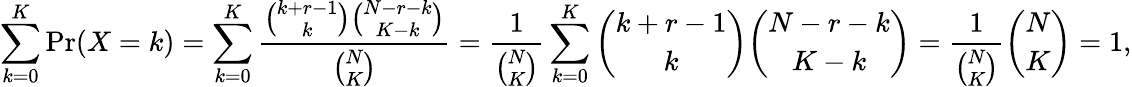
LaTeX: \sum_{k=0}^{K}\operatorname*{Pr}(X=k)=\sum_{k=0}^{K}{\frac{{\binom{k+r-1}{k}}{\binom{N-r-k}{K-k}}}{\binom{N}{K}}}={\frac{1}{\binom{N}{K}}}\sum_{k=0}^{K}{\binom{k+r-1}{k}}{\binom{N-r-k}{K-k}}={\frac{1}{\binom{N}{K}}}{\binom{N}{K}}=1,